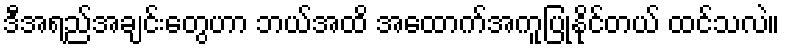
ဒီအရည်အချင်းတွေဟာ ဘယ်အထိ အထောက်အကူပြုနိုင်တယ် ထင်သလဲ။